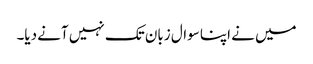
میں نے اپنا سوال زبان تک نہیں آنے دیا۔